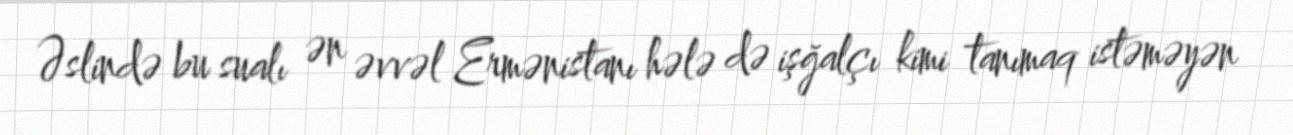
Əslində bu sualı ən əvvəl Ermənistanı hələ də işğalçı kimi tanımaq istəməyən